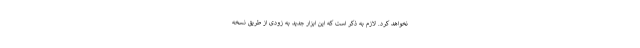
نخواهد کرد. لازم به ذکر است که این ابزار جدید به زودی از طریق نسخه